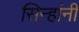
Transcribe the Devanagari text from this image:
सिन्हांनी